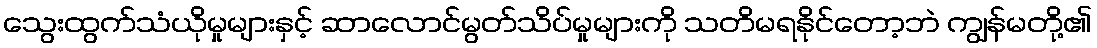
သွေးထွက်သံယိုမှုများနှင့် ဆာလောင်မွတ်သိပ်မှုများကို သတိမရနိုင်တော့ဘဲ ကျွန်မတို့၏